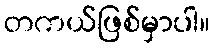
တကယ်ဖြစ်မှာပါ။